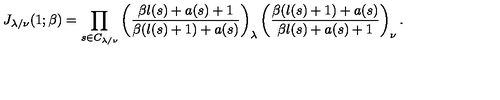
J _ { \lambda / \nu } ( 1 ; \beta ) = \prod _ { s \in C _ { \lambda / \nu } } \left( \frac { \beta l ( s ) + a ( s ) + 1 } { \beta ( l ( s ) + 1 ) + a ( s ) } \right) _ { \lambda } \left( \frac { \beta ( l ( s ) + 1 ) + a ( s ) } { \beta l ( s ) + a ( s ) + 1 } \right) _ { \nu } .